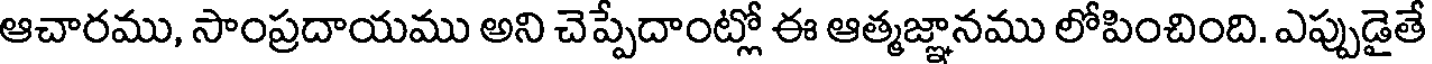
ఆచారము, సాంప్రదాయము అని చెప్పేదాంట్లో ఈ ఆత్మజ్ఞానము లోపించింది. ఎప్పుడైతే